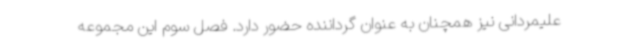
علیمردانی نیز همچنان به عنوان گرداننده حضور دارد. فصل سوم این مجموعه